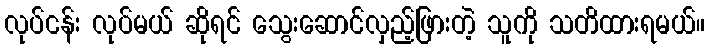
လုပ်ငန်း လုပ်မယ် ဆိုရင် သွေးဆောင်လှည့်ဖြားတဲ့ သူကို သတိထားရမယ်။